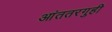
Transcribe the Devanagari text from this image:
आंततरगुही